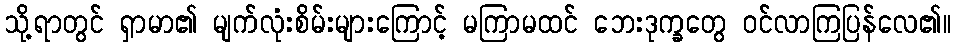
သို့ရာတွင် ရှာမာ၏ မျက်လုံးစိမ်းများကြောင့် မကြာမထင် ဘေးဒုက္ခတွေ ဝင်လာကြပြန်လေ၏။